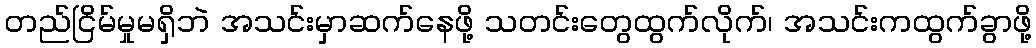
တည်ငြိမ်မှုမရှိဘဲ အသင်းမှာဆက်နေဖို့ သတင်းတွေထွက်လိုက်၊ အသင်းကထွက်ခွာဖို့